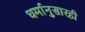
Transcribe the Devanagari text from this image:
धर्मानुसारही